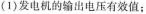
(1)发电机的输出电压有效值: